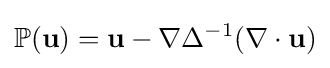
\mathbb {P} (\mathbf {u} )=\mathbf {u} -\nabla \Delta ^{-1}(\nabla \cdot \mathbf {u} )